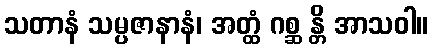
သတာနံ သမ္ပဇာနာနံ၊ အတ္ထံ ဂစ္ဆ န္တိ အာသဝါ။